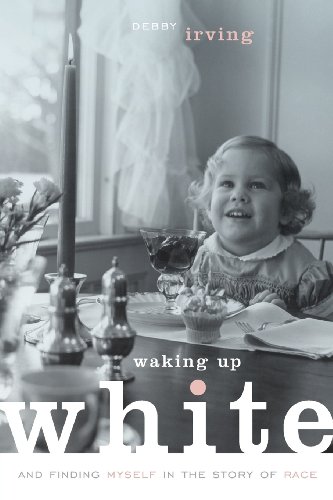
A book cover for Waking Up White, and Finding Myself in the Story of Race; Debby Irving; Biographies & Memoirs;